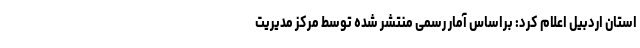
استان اردبیل اعلام کرد: براساس آمار رسمی منتشر شده توسط مرکز مدیریت